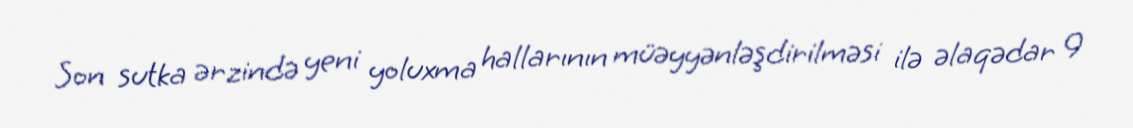
Son sutka ərzində yeni yoluxma hallarının müəyyənləşdirilməsi ilə əlaqədar 9